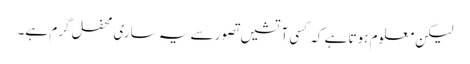
لیکن معلوم ہوتا ہے کہ کسی آتشیں تصور سے یہ ساری محفل گرم ہے۔